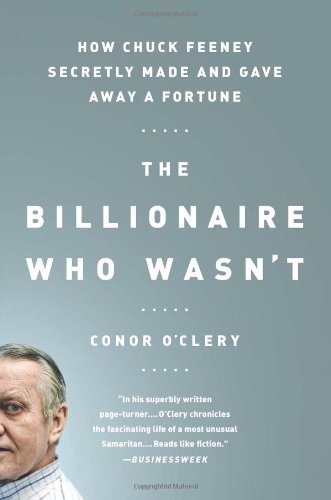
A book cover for The Billionaire Who Wasn't: How Chuck Feeney Secretly Made and Gave Away a Fortune; Conor O'Clery; Politics & Social Sciences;